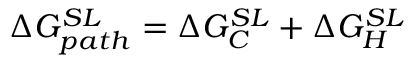
\Delta G _ { p a t h } ^ { S L } = \Delta G _ { C } ^ { S L } + \Delta G _ { H } ^ { S L }